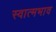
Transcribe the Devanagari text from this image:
स्वात्मभाव